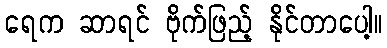
ရေက ဆာရင် ဗိုက်ဖြည့် နိုင်တာပေါ့။